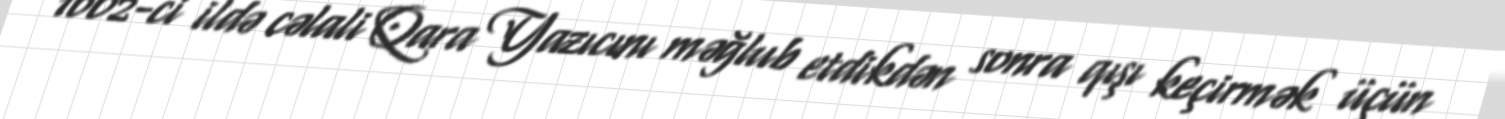
1602-ci ildə cəlali Qara Yazıcını məğlub etdikdən sonra qışı keçirmək üçün